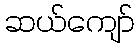
ဆယ်ကျော်